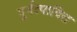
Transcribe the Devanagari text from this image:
पुर्नत्पादित